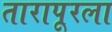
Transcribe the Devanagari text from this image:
तारापूरला